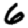
Digit: 6